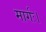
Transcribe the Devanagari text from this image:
मार्गः।